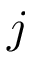
j